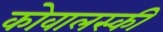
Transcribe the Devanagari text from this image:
कोवालस्की